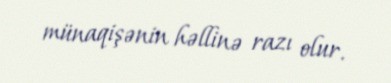
münaqişənin həllinə razı olur.